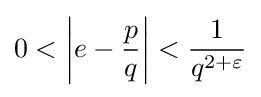
0<\left|e-{\frac {p}{q}}\right|<{\frac {1}{q^{2+\varepsilon }}}